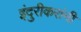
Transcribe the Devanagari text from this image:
इंदुरीकरांनी